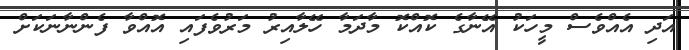
އަދި އެެއްވެސް މީހަކު އޭނާގެ ކޮއްކޮ މާދަމާ ހޭލާއިރު މަރުވެފައި އޮއްވާ ފެންނާނަކަށް